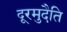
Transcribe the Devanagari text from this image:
दूरमुदैति